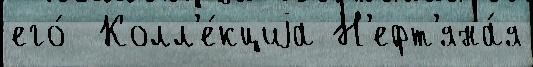
его́  Колл'е́кциjа Н'ефт'яна́я